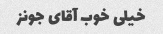
خیلی خوب آقای جونز